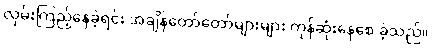
လှမ်းကြည့်နေခဲ့ရင်း အချိန်တော်တော်များများ ကုန်ဆုံးနေစေ ခဲ့သည်။